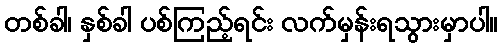
တစ်ခါ၊ နှစ်ခါ ပစ်ကြည့်ရင်း လက်မှန်းရသွားမှာပါ။